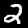
Digit: 2